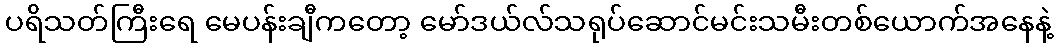
ပရိသတ်ကြီးရေ မေပန်းချီကတော့ မော်ဒယ်လ်သရုပ်ဆောင်မင်းသမီးတစ်ယောက်အနေနဲ့